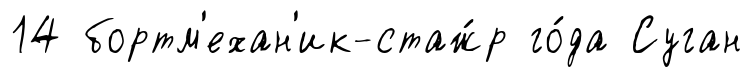
14 бортм'ехан'ик-стаж́р го́да Суган